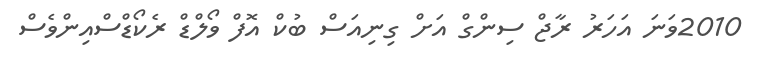
2010ވަނަ އަހަރު ރާޖް ސިންގް އަށް ގިނިއަސް ބުކް އޮފް ވޯލްޑް ރެކޯޑްސްއިންވެސް